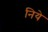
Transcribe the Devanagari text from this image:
निये